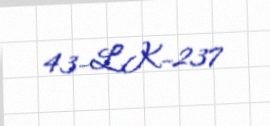
43-LK-237